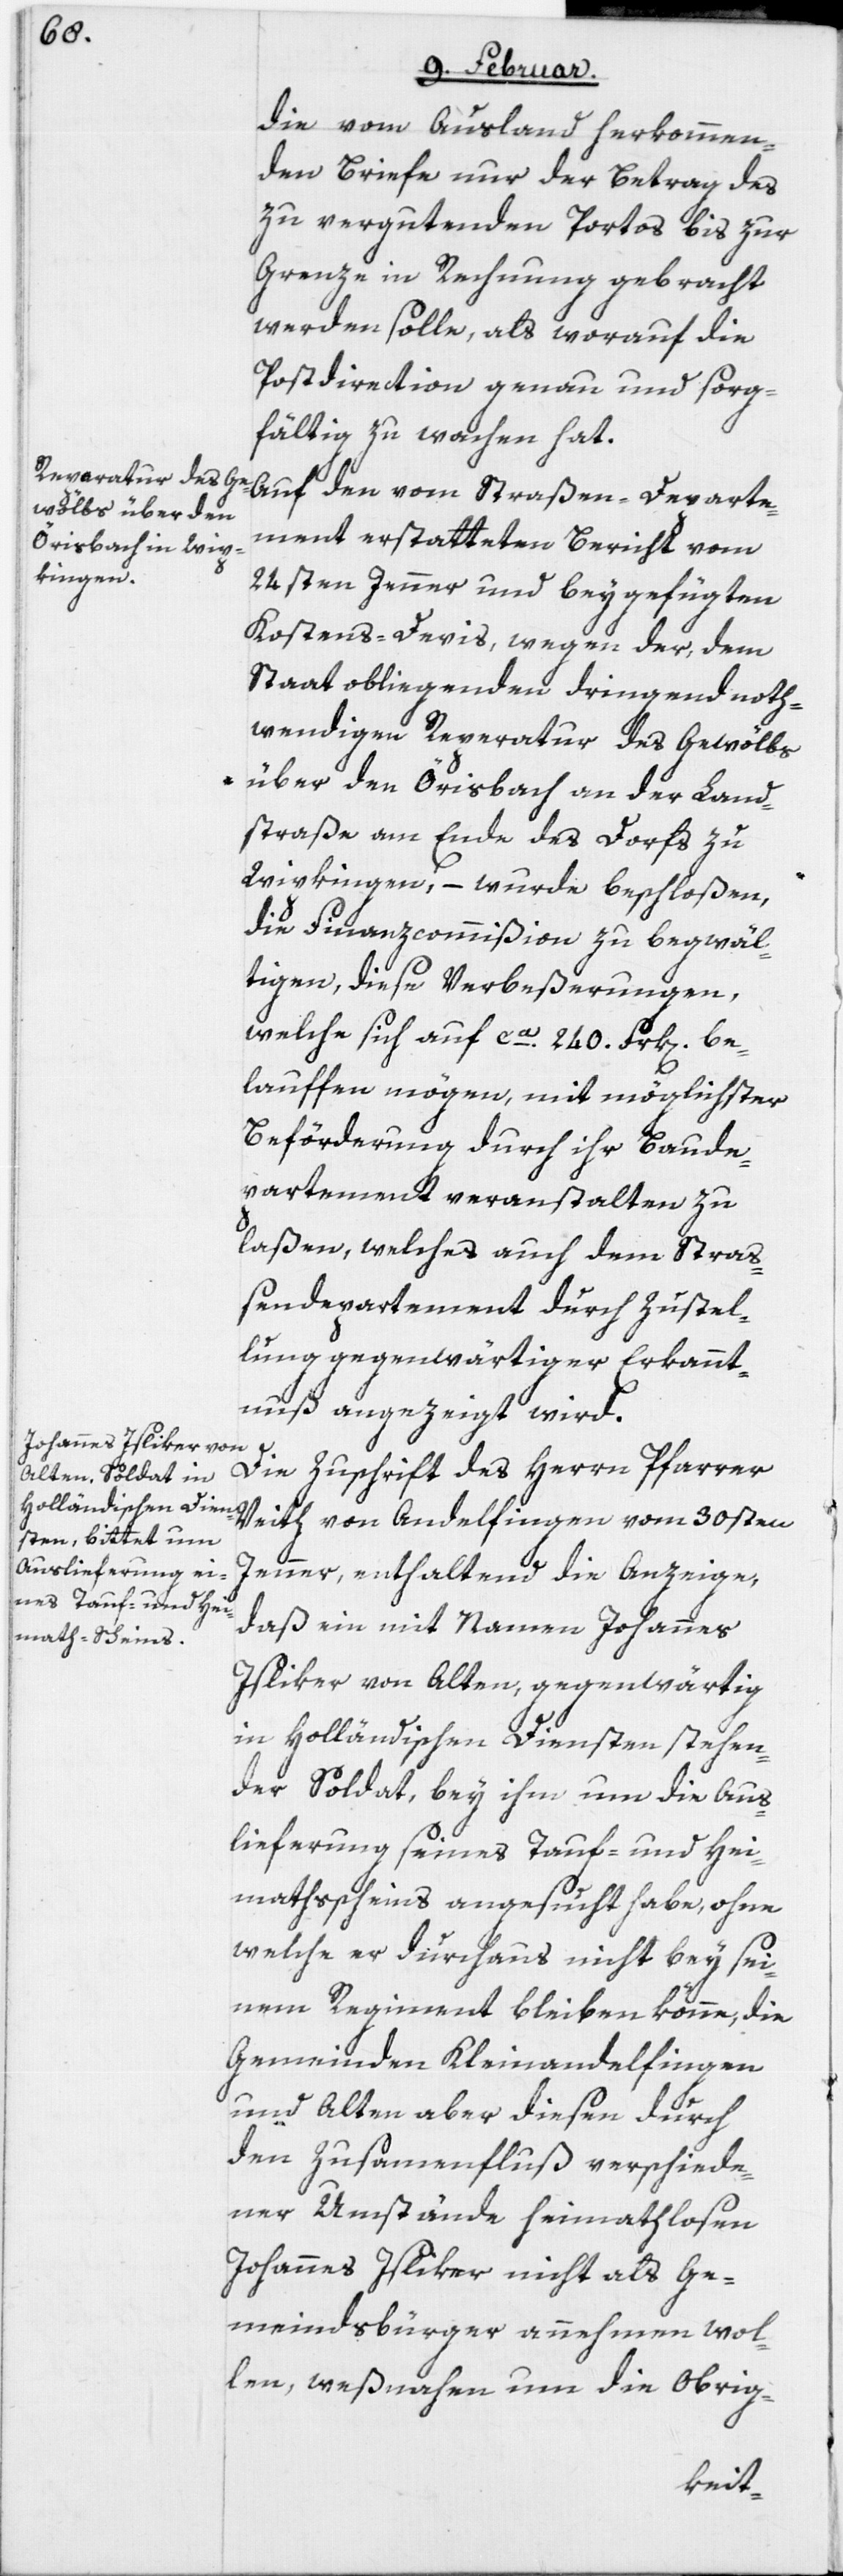
die vom Ausland herkommen¬
den Briefe nur der Betrag des
zu vergütenden Portos bis zur
Grenze in Rechnung gebracht
werden solle, als worauf die
Postdirection genau und sorg¬
fältig zu wachen hat.
Auf den vom Straßen-Departe¬
ment erstatteten Bericht vom
24sten Jenner und beygefügten
Kostens-Devis, wegen der, dem
Staat obliegenden dringend noth¬
wendigen Reparatur des Gewölbs
über den Örisbach an der Land¬
straße am Ende des Dorfs zu
Wipkingen, – wurde beschloßen,
die Finanzcommißion zu begwäl¬
tigen, diese Verbeßerungen,
welche sich auf ca. 240 Frk[en] be¬
lauffen mögen, mit möglichster
Beförderung durch ihr Baude¬
partement veranstalten zu
laßen, welches auch dem Straß¬
endepartement durch Zustel¬
lung gegenwärtiger Erkannt¬
nuß angezeigt wird.
Die Zuschrift des Herrn Pfarrer
Veith von Andelfingen vom 30sten
Jenner, enthaltend die Anzeige,
daß ein mit Namen Johannes
Isliker von Alten, gegenwärtig
in Holländischen Diensten stehen¬
der Soldat, bey ihm um die Aus¬
lieferung seines Tauf- und Hei¬
mathsscheins angesucht habe, ohne
welche er durchaus nicht bey sei¬
nem Regiment bleiben könne, die
Gemeinden Kleinandelfingen
und Alten aber diesen durch
den Zusammenfluß verschiede¬
ner Umstände heimathlosen
Johannes Isliker nicht als Ge¬
meindsbürger annehmen wol¬
len, weßnahen um die Obrig-